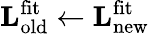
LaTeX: \mathbf{L}_{\mathrm{old}}^{\mathrm{fit}}\leftarrow\mathbf{L}_{\mathrm{new}}^{\mathrm{fit}}